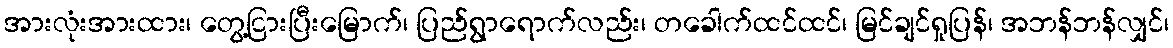
အားလုံးအားထား၊ တွေ့ငြားပြီးမြောက်၊ ပြည်ရွာရောက်လည်း၊ တခေါက်ထင်ထင်၊ မြင်ချင်ရှုပြန်၊ အဘန်ဘန်လျှင်၊